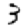
Digit: 3